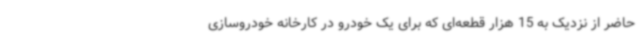
حاضر از نزدیک به 15 هزار قطعه‌ای که برای یک خودرو در کارخانه خودروسازی